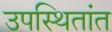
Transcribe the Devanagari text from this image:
उपस्थितांत